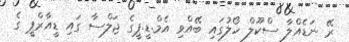
ރޭ ނަޑެއްލާ ސްކޫލް ހޯލުގައި ބޭއްވި އެމް.ޑީ.ޕީގެ ޖަލްސާ ގައި ޑީއާރްޕީ ގެ